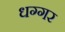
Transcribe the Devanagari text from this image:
धग्गर